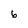
Character: 6